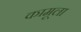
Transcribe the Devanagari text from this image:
कामूला